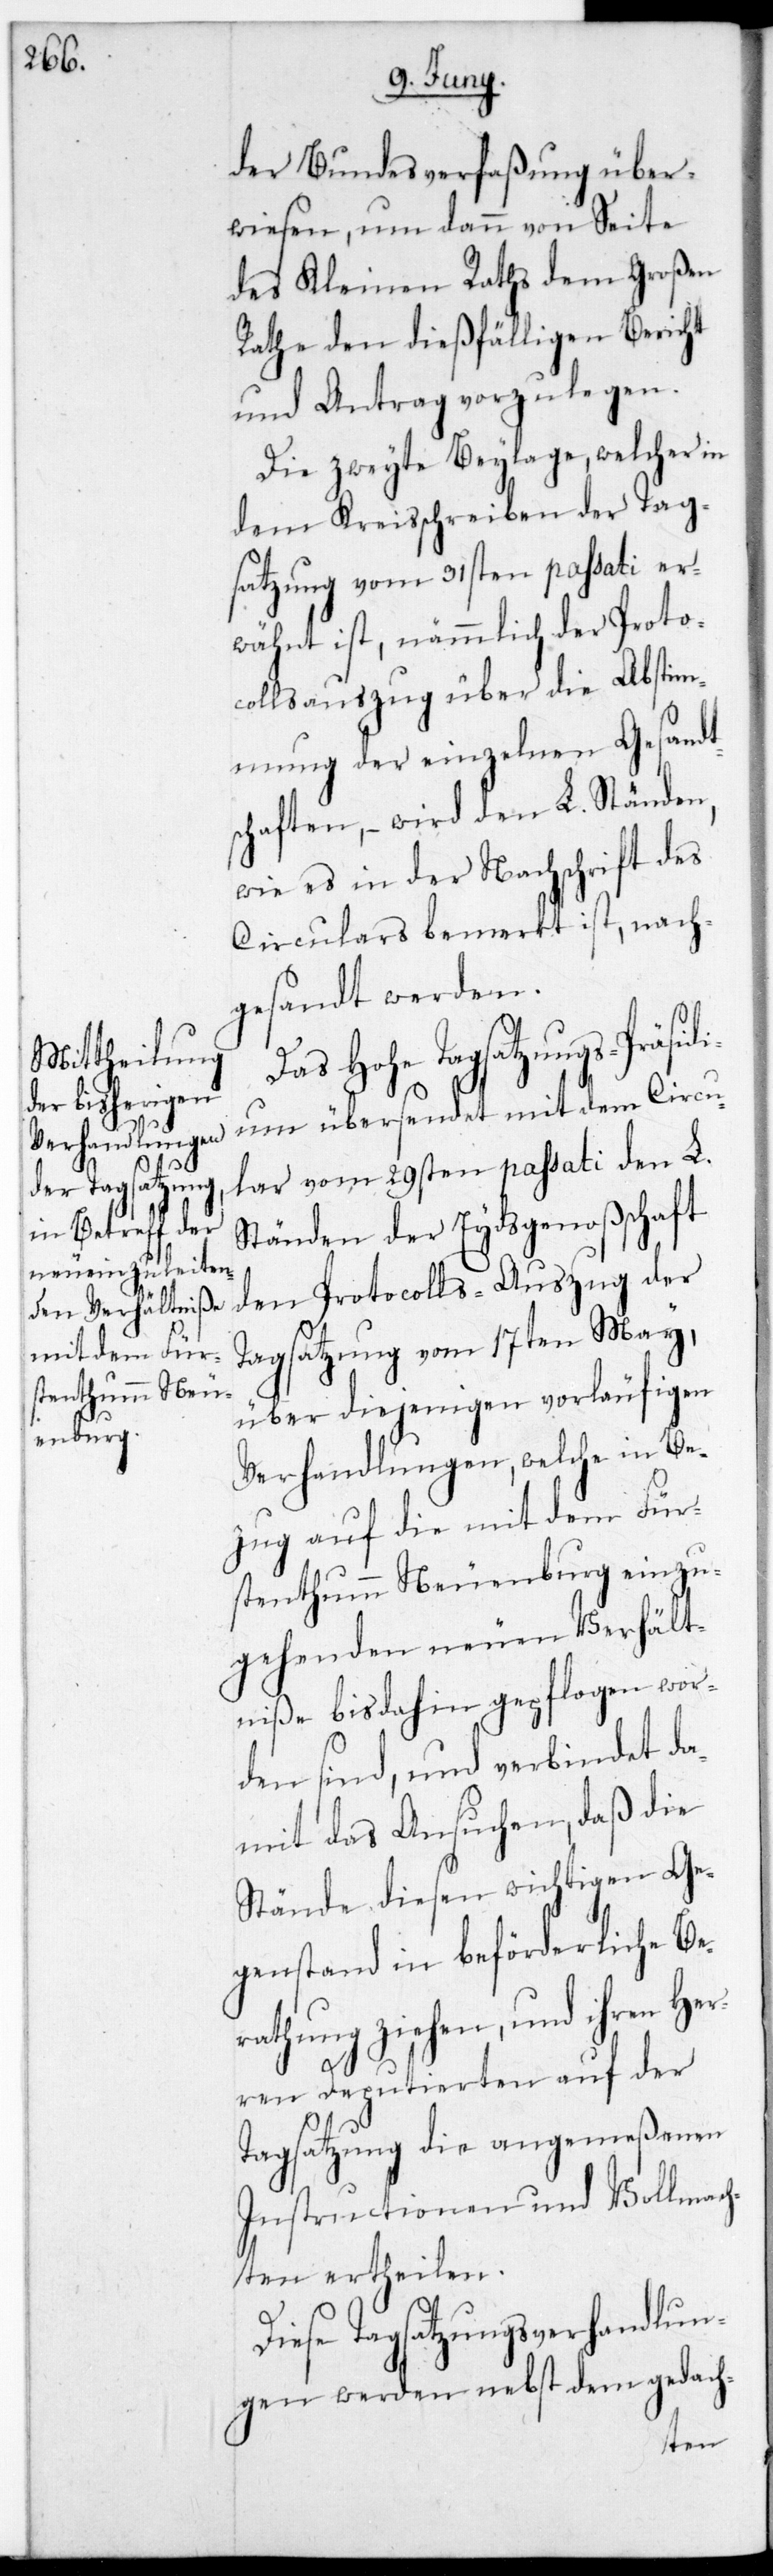
der Bundesverfaßung über¬
wiesen, um dann von Seite
des Kleinen Raths dem Großen
Rate den dießfälligen Bericht
und Antrag vorzulegen.
Die zweyte Beylage, welcher in
dem Kreisschreiben der Tag¬
satzung vom 31sten passati er¬
wähnt ist, nämmlich der Proto¬
collsauszug über die Abstim¬
mung der einzelnen Gesandts¬
chaften, – wird den L. Ständen,
wie es in der Nachschrift des
Circulars bemerkt ist, nach¬
gesandt werden.
Das Hohe Tagsatzungs-Präsid¬
ium übersendet mit dem Circu¬
lar vom 29sten passati den L.
Ständen der Eydsgenoßenschaft
den Protocolls-Auszug der
Tagsatzung vom 17ten May,
über diejenigen vorläufigen
Verhandlungen, welche in Be¬
zug auf die mit dem Für¬
stenthum Neuenburg einzu¬
gehenden neuen Verhält¬
niße bis dahin gepflogen wor¬
den sind, und verbindet da¬
mit das Ansuchen, daß die
Stände diesen wichtigen Ge¬
genstand in beförderliche Be¬
rathung ziehen, und ihren Her¬
ren Deputierten auf der
Tagsatzung die angemeßenen
Instructionen und Vollmach¬
ten ertheilen.
Diese Tagsatzungsverhandlun¬
gen werden nebst dem gedach-